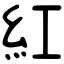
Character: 紅